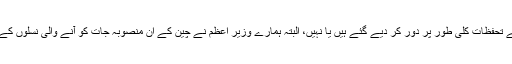
اب معلوم نہیں کہ ان کے تحفظات کلی طور پر دور کر دیے گئے ہیں یا نہیں، البتہ ہمارے وزیرِ اعظم نے چین کے ان منصوبہ جات کو آنے والی نسلوں کے لیے تحفہ قرار دیا ہے۔